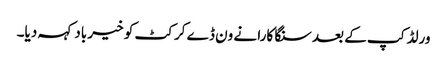
ورلڈ کپ کے بعد سنگا کارا نے ون ڈے کرکٹ کو خیر باد کہہ دیا۔